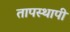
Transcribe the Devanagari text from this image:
तापस्थापी